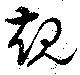
規